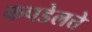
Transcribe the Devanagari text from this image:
कपडेलत्ते